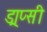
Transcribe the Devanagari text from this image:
ड्राप्सी